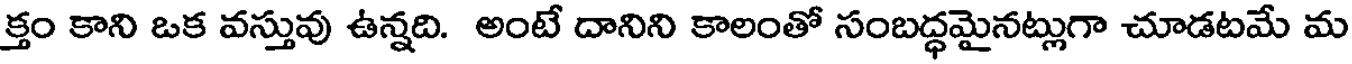
క్తం కాని ఒక వస్తువు ఉన్నది. అంటే దానిని కాలంతో సంబద్ధమైనట్లుగా చూడటమే మ